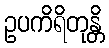
ဥပကိရိတုန္တိ